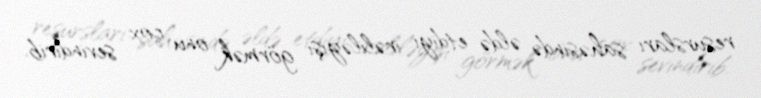
resursları sahəsində əldə etdiyi irəliləyişi görmək onu çox sevindirib.